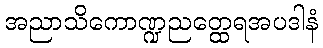
အညာသိကောဏ္ဍညတ္ထေရအပဒါနံ